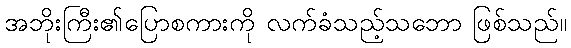
အဘိုးကြီး၏ပြောစကားကို လက်ခံသည့်သဘော ဖြစ်သည်။